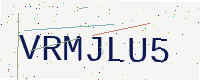
Text: VRMJLU5